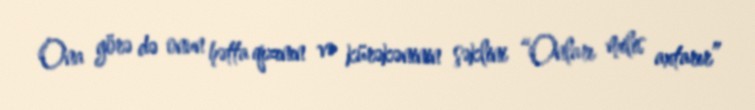
Ona görə də onun hətta qızının və kürəkəninin şəklini “Onları milis axtarır”